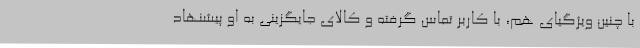
با چنین ویژگیای هم، با کاربر تماس گرفته و کالای جایگزینی به او پیشنهاد